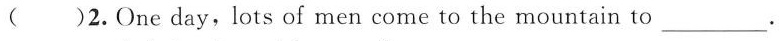
( )2.One day,lots of men come to the mountain to______________.